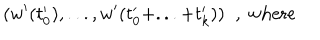
( w ^ { \prime } ( t _ { 0 } ^ { \prime } ) , . . . , w ^ { \prime } ( t _ { 0 } ^ { \prime } + . . . + t _ { k } ^ { \prime } ) ) \; \; , \mathrm { ~ w h e r e }